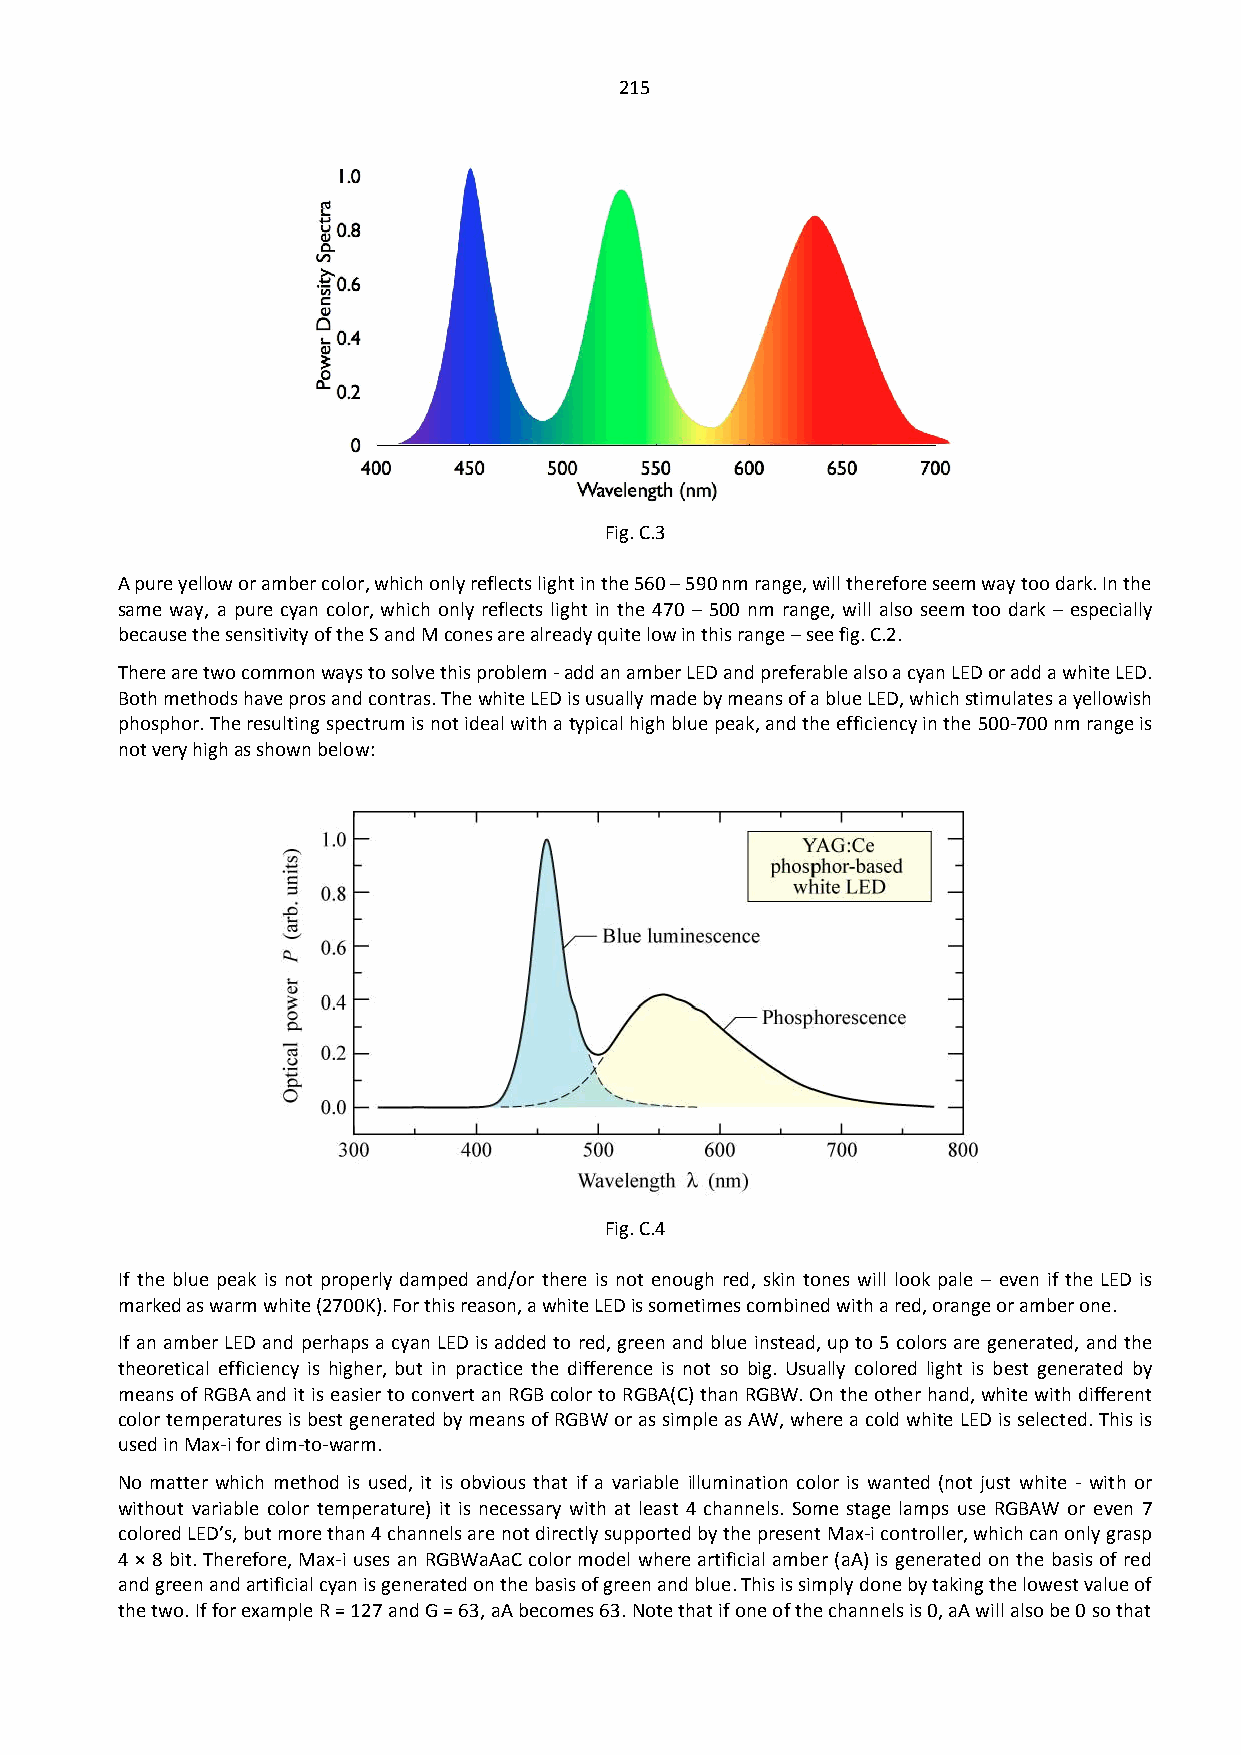
215
 Fig. C.3
 A pure yellow or amber color, which only reflects light in the 560 – 590 nm range, will therefore seem way too dark. In the
 same way, a pure cyan color, which only reflects light in the 470 – 500 nm range, will also seem too dark – especially
 because the sensitivity of the S and M cones are already quite low in this range – see fig. C.2.
 There are two common ways to solve this problem - add an amber LED and preferable also a cyan LED or add a white LED.
 Both methods have pros and contras. The white LED is usually made by means of a blue LED, which stimulates a yellowish
 phosphor. The resulting spectrum is not ideal with a typical high blue peak, and the efficiency in the 500-700 nm range is
 not very high as shown below:
 Fig. C.4
 If the blue peak is not properly damped and/or there is not enough red, skin tones will look pale – even if the LED is
 marked as warm white (2700K). For this reason, a white LED is sometimes combined with a red, orange or amber one.
 If an amber LED and perhaps a cyan LED is added to red, green and blue instead, up to 5 colors are generated, and the
 theoretical efficiency is higher, but in practice the difference is not so big. Usually colored light is best generated by
 means of RGBA and it is easier to convert an RGB color to RGBA(C) than RGBW. On the other hand, white with different
 color temperatures is best generated by means of RGBW or as simple as AW, where a cold white LED is selected. This is
 used in Max-i for dim-to-warm.
 No matter which method is used, it is obvious that if a variable illumination color is wanted (not just white - with or
 without variable color temperature) it is necessary with at least 4 channels. Some stage lamps use RGBAW or even 7
 colored LED’s, but more than 4 channels are not directly supported by the present Max-i controller, which can only grasp
 4 × 8 bit. Therefore, Max-i uses an RGBWaAaC color model where artificial amber (aA) is generated on the basis of red
 and green and artificial cyan is generated on the basis of green and blue. This is simply done by taking the lowest value of
 the two. If for example R = 127 and G = 63, aA becomes 63. Note that if one of the channels is 0, aA will also be 0 so that